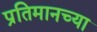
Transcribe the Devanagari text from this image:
प्रतिमानच्या